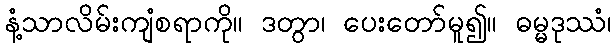
နံ့သာလိမ်းကျံစရာကို။ ဒတွာ၊ ပေးတော်မူ၍။ ဓမ္မဒုဿံ၊